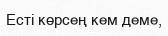
Есті көрсең кем деме,